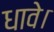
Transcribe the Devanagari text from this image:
धावे।